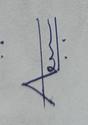
Signature authenticity: genuine